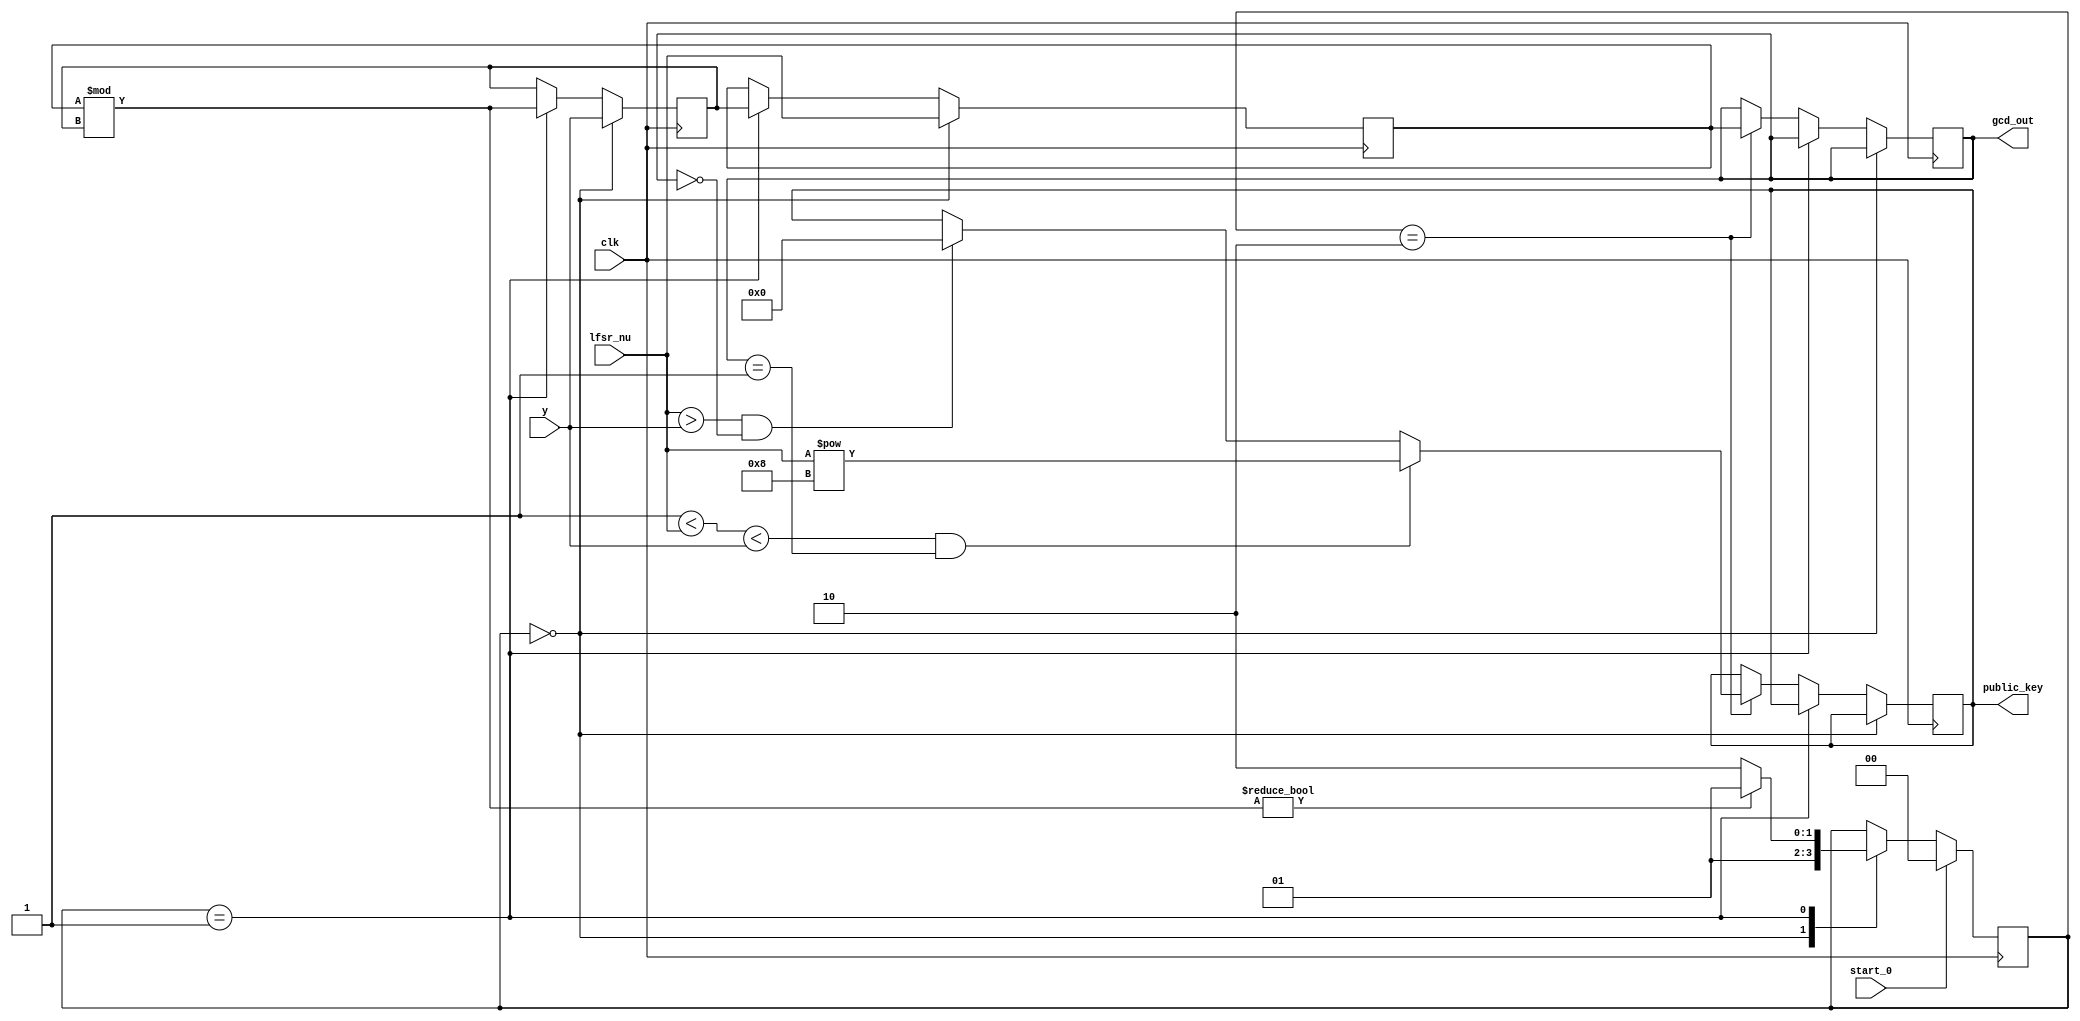

    module gcd_upd(input [31:0] lfsr_nu,y,
           output reg [31:0]gcd_out,public_key,
           input clk,start_0);
              
             
              wire [31:0] result_gcd;
              reg [31:0]temp3;
              reg [31:0]temp4;
              reg[1:0] state_0; 
              
          assign result_gcd = temp3%temp4; 
            
          
          always@(posedge clk)
                                           
            if(start_0) state_0<=0;
            else
            case(state_0)
            0: state_0<=1;
            1:if(result_gcd) state_0<=1; else state_0<=2;
            2:if(start_0) state_0<=0;
            endcase
                                           
           always@(posedge clk)
            begin
            if(state_0==0)
              begin
                temp3<=lfsr_nu;
                temp4<=y;
              
			
              end
            else if(state_0==1)
              begin
                temp3<=temp4;
                temp4<=result_gcd;
             
			

              end
              else if(state_0==2)
                   begin
                   
                   gcd_out<=temp3;
               
                    if((1<lfsr_nu<y) && (gcd_out==1)) 
                      begin
                     public_key <= (lfsr_nu**8);
                      end  
                    else if ((lfsr_nu>y) && (gcd_out==!1)) 
                       begin
                         public_key <= 0 ;
                     end
                   end 
                  
                 end
                
                          
                 endmodule